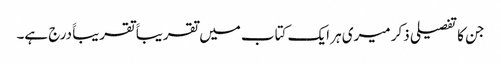
جن کا تفصیلی ذکر میری ہر ایک کتاب میں تقریباََ تقریباََ درج ہے۔